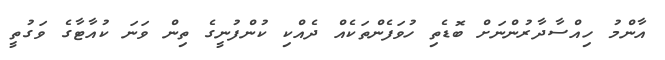
އާންމު ހިއްސާދާރުންނަށް ބޮޑެތި ހުވަފެންތަކެއް ދެއްކި ކުންފުނީގެ ތިން ވަނަ ކުއާޓާގެ ވަގުތީ